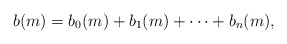
\begin{align*}b(m) = b_0(m) + b_1(m) + \dotsb + b_n(m),\end{align*}